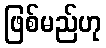
ဖြစ်မည်ဟု